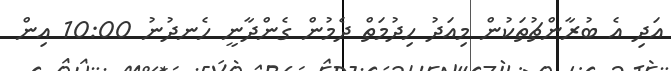
އަދި އެ ބުރާންޗުތަކުން މިއަދު ހިދުމަތް ދެމުން ގެންދާނީ ހެނދުނު 10:00 އިން